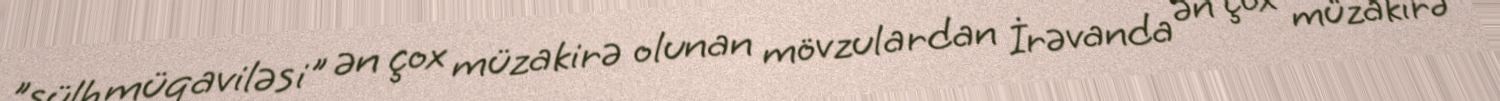
"sülh müqaviləsi" ən çox müzakirə olunan mövzulardan İrəvanda ən çox müzakirə